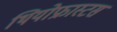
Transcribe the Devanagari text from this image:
थियोफ्रास्टस